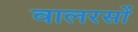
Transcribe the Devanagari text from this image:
वालरसों